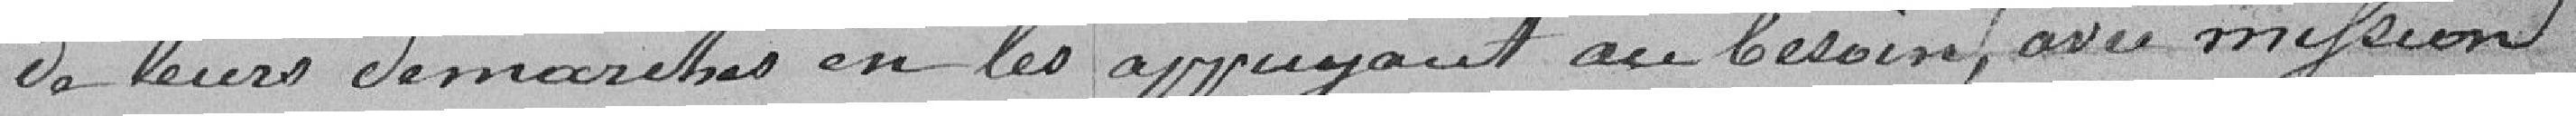
de leurs démarches en les appuyant au besoin avec mission